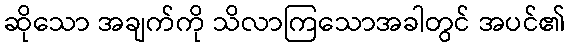
ဆိုသော အချက်ကို သိလာကြသောအခါတွင် အပင်၏